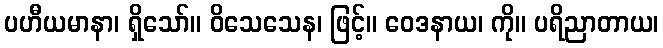
ပဟီယမာနာ၊ ရှိသော်။ ဝိသေသေန၊ ဖြင့်။ ဝေဒနာယ၊ ကို။ ပရိညာတာယ၊